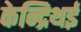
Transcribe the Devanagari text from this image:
केन्द्रिथई